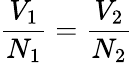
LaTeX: {\frac{V_{1}}{N_{1}}}={\frac{V_{2}}{N_{2}}}